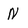
Character: N